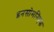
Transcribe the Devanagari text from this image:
इनसोमनिएक